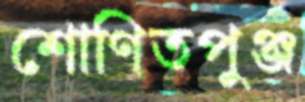
শোণিতপুঞ্জ